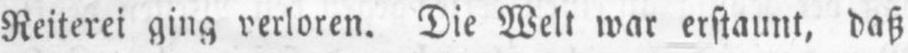
Reiterei ging verloren. Die Welt war erstaunt, daß